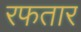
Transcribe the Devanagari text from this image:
रफतार